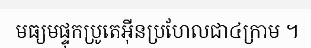
មធ្យមផ្ទុកប្រូតេអ៊ីនប្រហែលជា៤ក្រាម ។